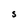
Character: S